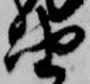
由